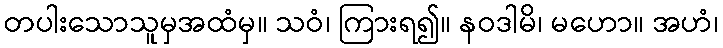
တပါးသောသူမှအထံမှ။ သဝံ၊ ကြားရ၍။ နဝဒါမိ၊ မဟော။ အဟံ၊